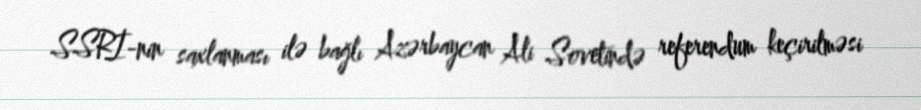
SSRİ-nin saxlanması ilə bağlı Azərbaycan Ali Sovetində referendum keçirilməsi